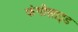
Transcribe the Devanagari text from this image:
फंगीसाइड